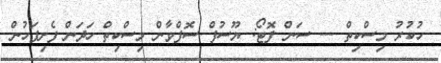
ހުކުރު މިސްކިތް --- ސަން ފޮޓޯ: ޔޫސުފް ސޮފްވާން މިސްކިތް ހަދަން ފެށިފަހުން